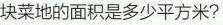
块菜地的面积是多少平方米?